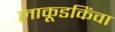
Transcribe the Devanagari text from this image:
लाकूडकिंवा